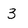
Character: 3